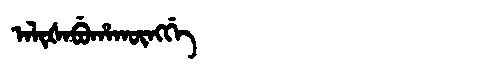
Manchu: ᠠᠯᡳᡧᠠᠪᡠᡥᠠᡴᡡᠩᡤᡝ
Romanization: ALIŠABUHAKŪNGGE